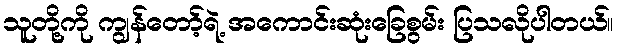
သူတို့ကို ကျွန်တော့်ရဲ့ အကောင်းဆုံးခြေစွမ်း ပြသလိုပါတယ်။